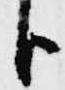
臣